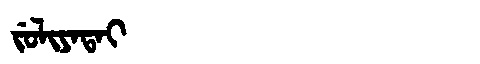
Manchu: ᠵᡠᠯᡳᠶᠠᡨᠠᡳ
Romanization: JULIYATAI